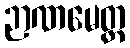
ဉာဏမေတ္ထ